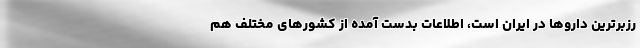
رزبرترین داروها در ایران است، اطلاعات بدست آمده از کشورهای مختلف هم